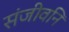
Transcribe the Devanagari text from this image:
संजीवनि